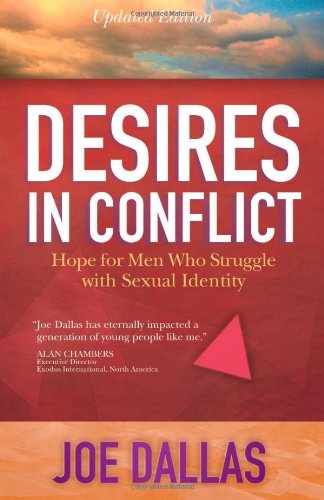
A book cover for Desires in Conflict: Hope for Men Who Struggle with Sexual Identity; Joe Dallas; Christian Books & Bibles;